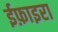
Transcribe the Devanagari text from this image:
ईफ़ाइरा